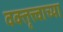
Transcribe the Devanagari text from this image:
वक्तृत्त्वाच्या